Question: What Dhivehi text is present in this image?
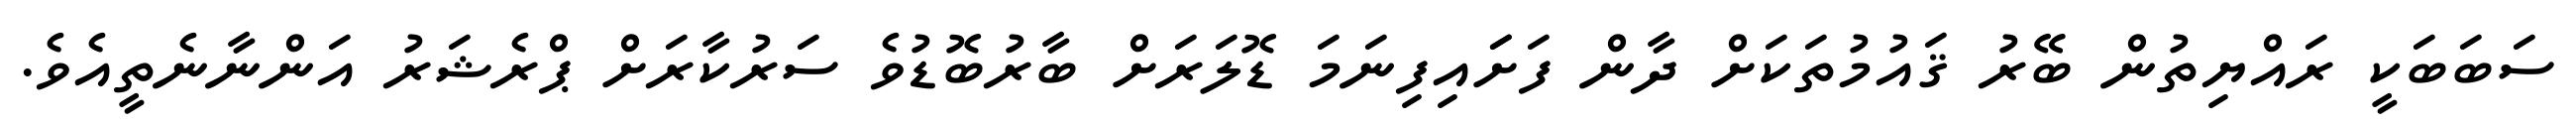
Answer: ސަބަބަކީ ރައްޔިތުން ބޭރު ޤައުމުތަކަށް ދާން ފަށަައިފިނަމަ ޑޮލަރަށް ބާރުބޮޑުވެ ސަރުކާރަށް ޕްރެޝަރު އަންނާނެތީއެވެ.